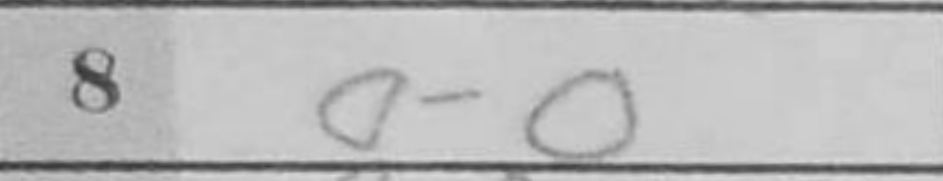
Transcription: O-O